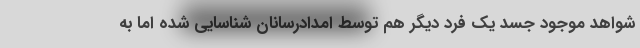
شواهد موجود جسد یک فرد دیگر هم توسط امدادرسانان شناسایی شده اما به